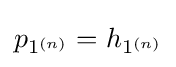
p_{1^{(n)}}=h_{1^{(n)}}